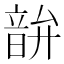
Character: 𫖘